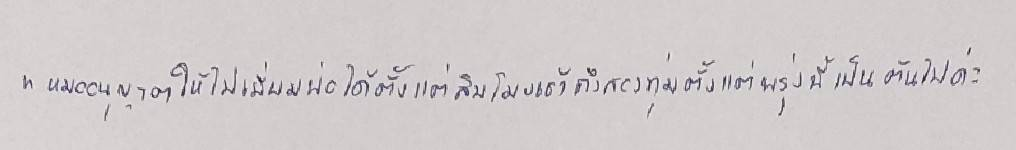
"หมออนุญาตให้ไปเยี่ยมพ่อได้ตั้งแต่สิบโมงเช้าถึงสองทุ่มตั้งแต่พรุ่งนี้เป็นต้นไปค่ะ